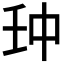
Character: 𠁪